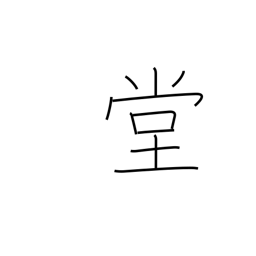
Meaning: public chamber